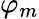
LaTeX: \varphi_{m}